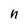
Character: n